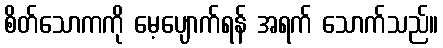
စိတ်သောကကို မေ့ပျောက်ရန် အရက် သောက်သည်။